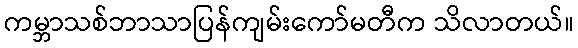
ကမ္ဘာသစ်ဘာသာပြန်ကျမ်းကော်မတီက သိလာတယ်။